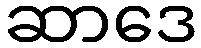
ဆာဒေ